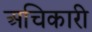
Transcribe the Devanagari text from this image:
अचिकारी